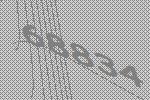
68834